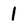
Character: 1